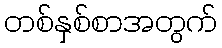
တစ်နှစ်စာအတွက်